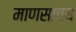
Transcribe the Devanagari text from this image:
माणसाच्य